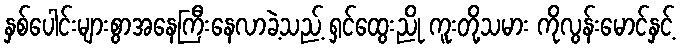
နှစ်ပေါင်းများစွာအနေကြီးနေလာခဲ့သည့် ရှင်ထွေးညို ကူးတို့သမား ကိုလွန်းမောင်နှင့်